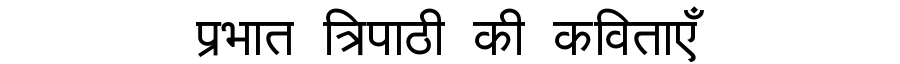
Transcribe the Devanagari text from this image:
प्रभात त्रिपाठी की कविताएँ